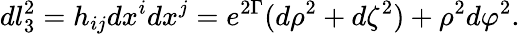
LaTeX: dl_{3}^{2}=h_{ij}dx^{i}dx^{j}=e^{2\Gamma}(d\rho^{2}+d\zeta^{2})+\rho^{2}d\varphi^{2}.